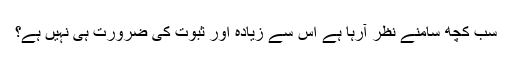
سب کچھ سامنے نظر آرہا ہے اس سے زیادہ اور ثبوت کی ضرورت ہی نہیں ہے؟